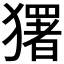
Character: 𭸭